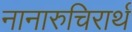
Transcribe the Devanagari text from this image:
नानारुचिरार्थ